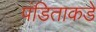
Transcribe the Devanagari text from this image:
पंडिताकडे